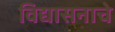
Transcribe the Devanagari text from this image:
विद्यासनाचे